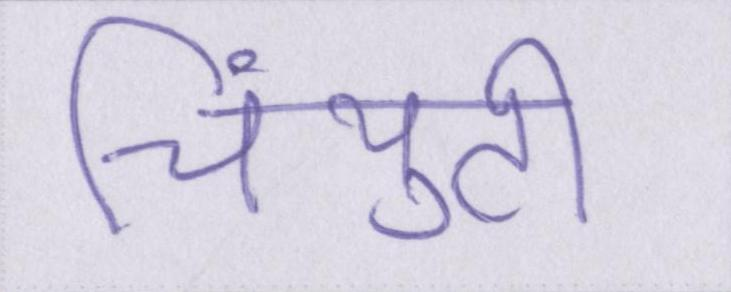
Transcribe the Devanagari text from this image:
चिंयुटी